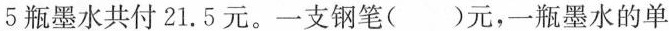
5瓶墨水共付21.5元。一支钢笔( )元，一瓶墨水的单